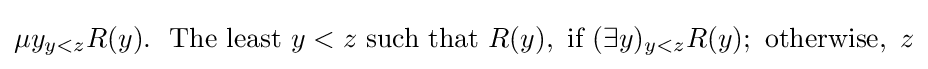
\mu y_{y<z}R(y).\ \ {\mbox{The least}}\ y<z\ {\mbox{such that}}\ R(y),\ {\mbox{if}}\ (\exists y)_{y<z}R(y);\ {\mbox{otherwise}},\ z